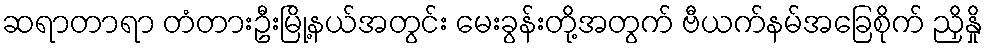
ဆရာတာရာ တံတားဦးမြို့နယ်အတွင်း မေးခွန်းတို့အတွက် ဗီယက်နမ်အခြေစိုက် ညှိနှို